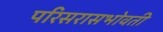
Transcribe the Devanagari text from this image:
परिसरासभोवती